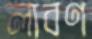
লাবণ